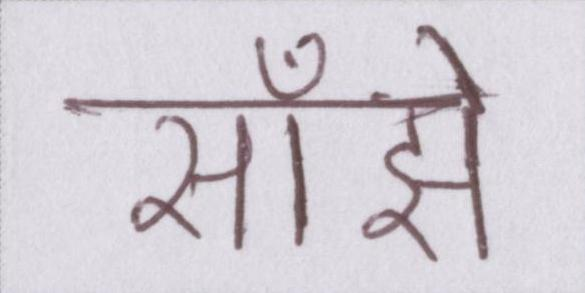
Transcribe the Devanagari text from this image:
साँझे